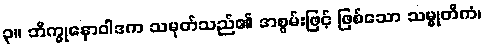
၃။ ဘိက္ခုနောဝါဒက သမုတ်သည်၏ အစွမ်းဖြင့် ဖြစ်သော သမ္မုတိကံ၊